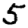
Digit: 5